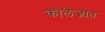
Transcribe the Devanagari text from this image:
कॊलेजात